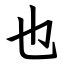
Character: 也